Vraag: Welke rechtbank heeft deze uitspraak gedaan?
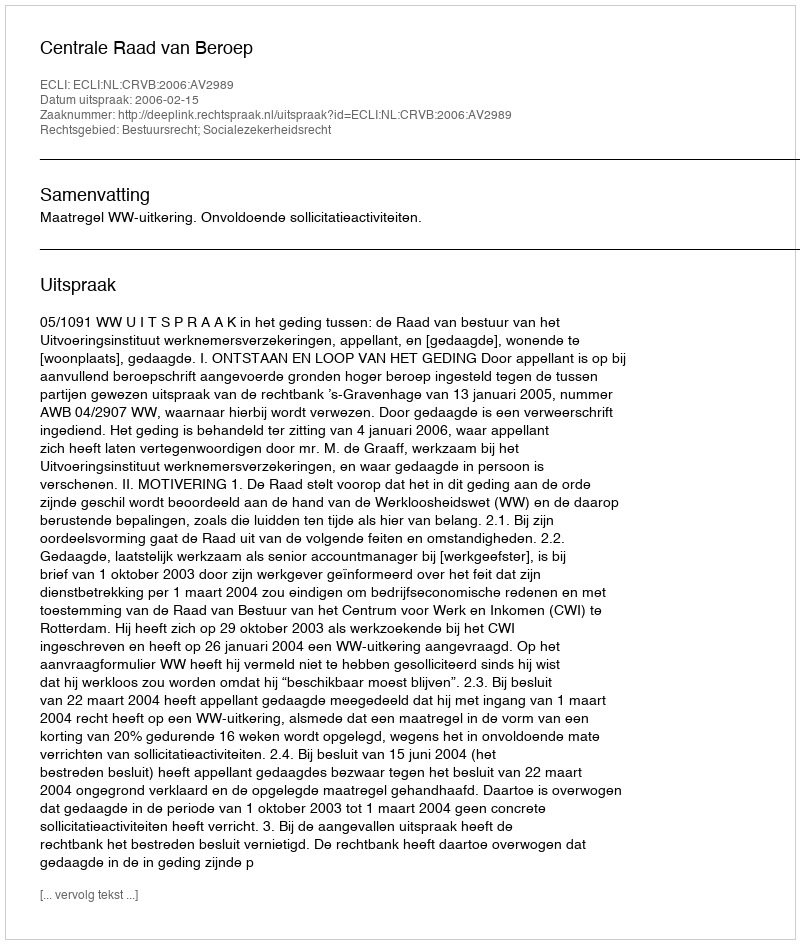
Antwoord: Centrale Raad van Beroep